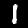
Label: 1